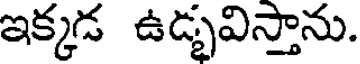
ఇక్కడ ఉడ్భవిస్తాను.